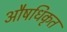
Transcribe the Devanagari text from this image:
औषधिकृत